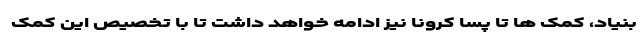
بنیاد، کمک ها تا پسا کرونا نیز ادامه خواهد داشت تا با تخصیص این کمک